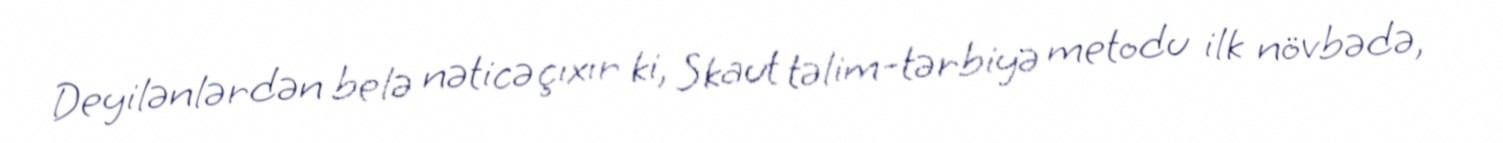
Deyilənlərdən belə nəticə çıxır ki, Skaut təlim-tərbiyə metodu ilk növbədə,